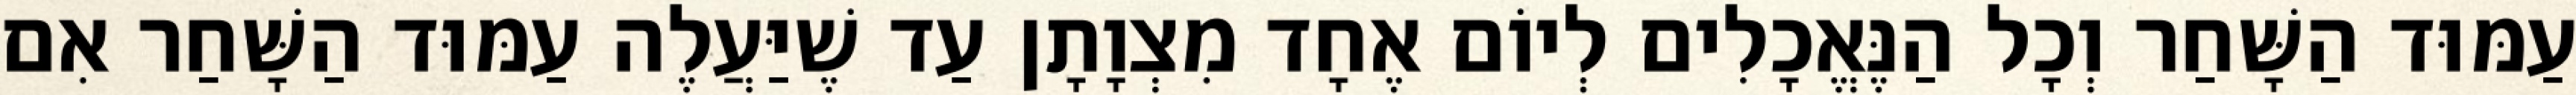
עַמּוּד הַשָּׁחַר וְכָל הַנֶּאֱכָלִים לְיוֹם אֶחָד מִצְוָתָן עַד שֶׁיַּעֲלֶה עַמּוּד הַשָּׁחַר אִם